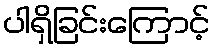
ပါရှိခြင်းကြောင့်